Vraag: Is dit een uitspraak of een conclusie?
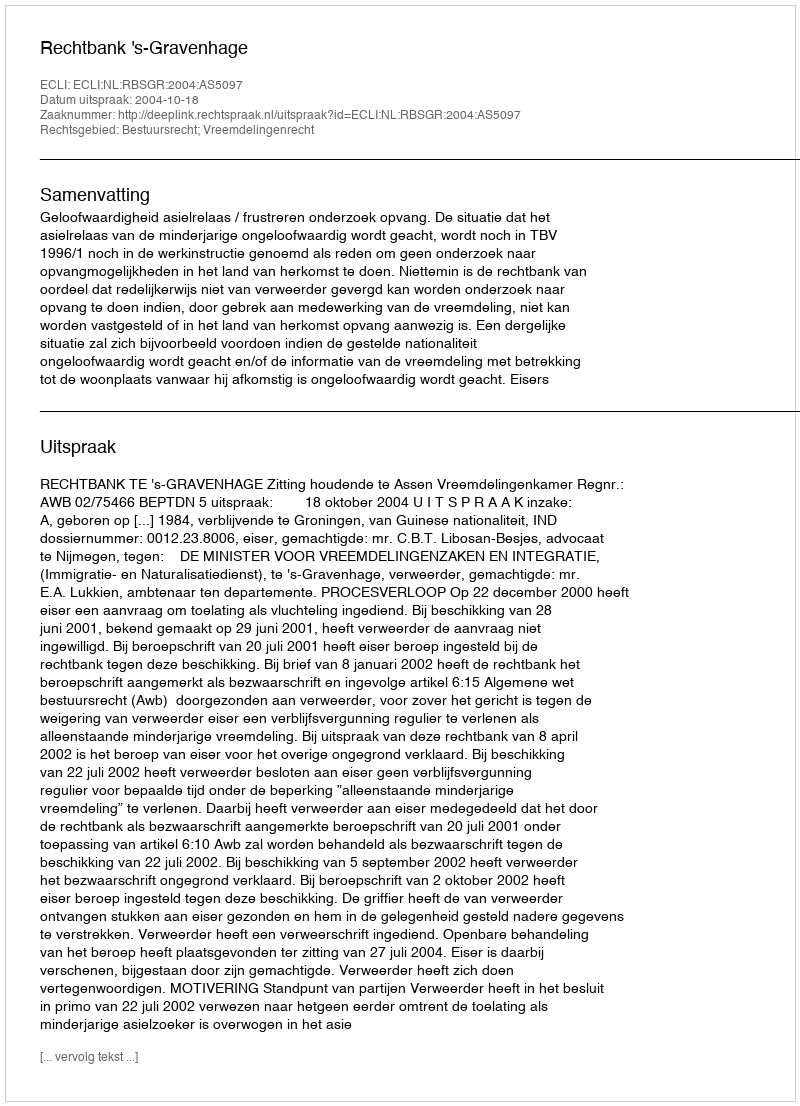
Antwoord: Uitspraak